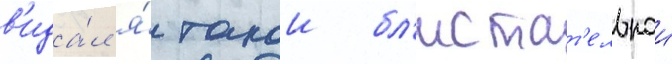
в'ида́л я́ такои бл'истат'ельнои